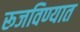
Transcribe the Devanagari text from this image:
रूजविण्यात